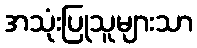
အသုံးပြုသူများသာ